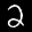
Label: 2